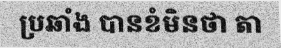
ប្រឆាំង បានខំមិនថា តា